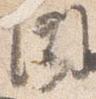
聞